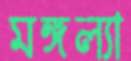
মঙ্গল্যা